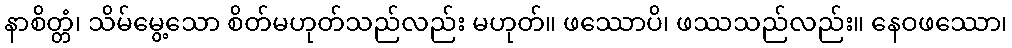
နာစိတ္တံ၊ သိမ်မွေ့သော စိတ်မဟုတ်သည်လည်း မဟုတ်။ ဖဿောပိ၊ ဖဿသည်လည်း။ နေဝဖဿော၊